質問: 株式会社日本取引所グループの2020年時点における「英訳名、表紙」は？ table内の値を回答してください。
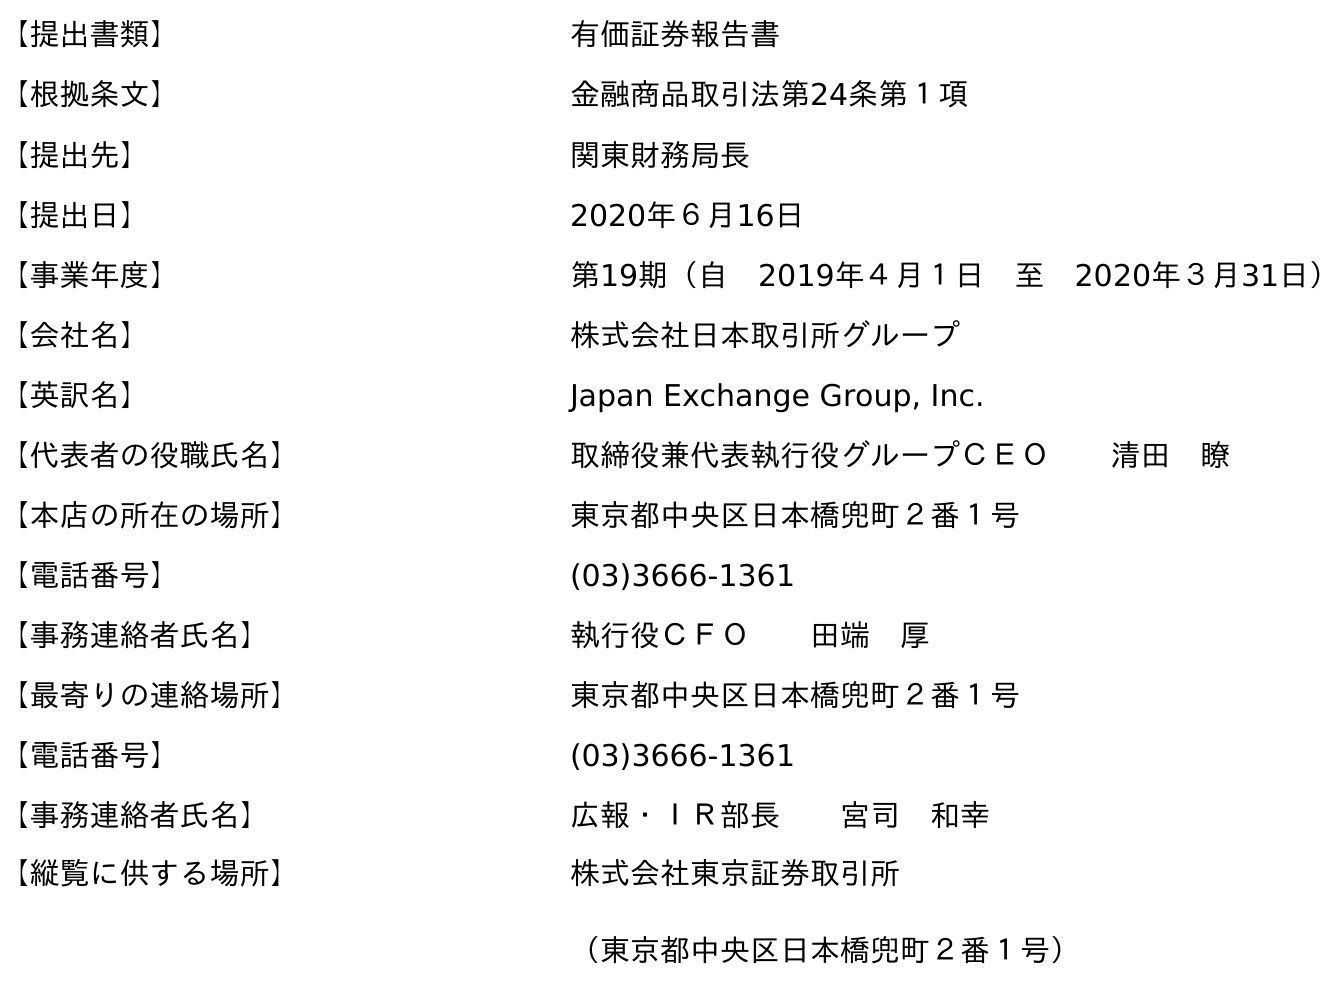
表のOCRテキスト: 【提出書類】 有価証券報告書 【根拠条文】 金融商品取引法第24条第１項 【提出先】 関東財務局長 【提出日】 2020年６月16日 【事業年度】 第19期（自 2019年４月１日 至 2020年３月31日） 【会社名】 株式会社日本取引所グループ 【英訳名】 Japan Exchange Group, Inc. 【代表者の役職氏名】 取締役兼代表執行役グループＣＥＯ  清田 瞭 【本店の所在の場所】 東京都中央区日本橋兜町２番１号 【電話番号】 (03)3666-1361 【事務連絡者氏名】 執行役ＣＦＯ  田端 厚 【最寄りの連絡場所】 東京都中央区日本橋兜町２番１号 【電話番号】 (03)3666-1361 【事務連絡者氏名】 広報・ＩＲ部長  宮司 和幸 【縦覧に供する場所】 株式会社東京証券取引所 （東京都中央区日本橋兜町２番１号）
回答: Japan Exchange Group, Inc.